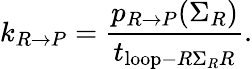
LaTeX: k_{R\rightarrow P}=\frac{p_{R\rightarrow P}(\Sigma_{R})}{t_{\mathrm{loop}-R\Sigma_{R}R}}.